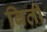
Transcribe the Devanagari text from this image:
बिती